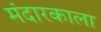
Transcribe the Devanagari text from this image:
मंदारकाला